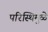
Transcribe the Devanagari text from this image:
परिस्थिमुळे